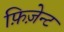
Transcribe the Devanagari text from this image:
फ़िज़ेन्ट